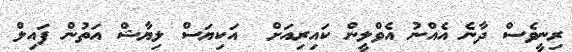
ރިނީވެސް ދާނެ އެއްނު އެވްލީން ކައިރިއަށް  އަކިޔަސް ލިޔާޝް އަތުން ފައިލް